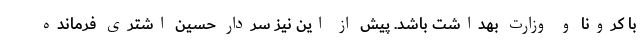
با کرونا و وزارت بهداشت باشد. پیش از این نیز سردار حسین اشتری فرمانده